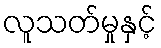
လူသတ်မှုနှင့်